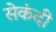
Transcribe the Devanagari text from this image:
सेकंदी